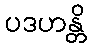
ပဒဟန္တိ